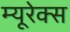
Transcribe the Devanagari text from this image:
म्यूरेक्स